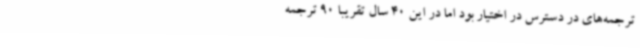
ترجمه‌های در دسترس در اختیار بود اما در این 40 سال تقریبا 90 ترجمه